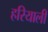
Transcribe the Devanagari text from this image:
हरियाली